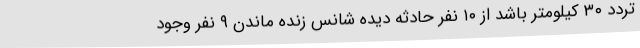
تردد ۳۰ کیلومتر باشد از ۱۰ نفر حادثه دیده شانس زنده ماندن ۹ نفر وجود